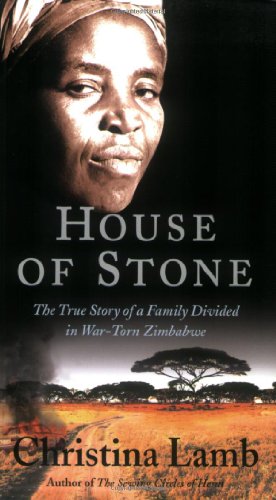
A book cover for House of Stone: The True Story of a Family Divided in War-Torn Zimbabwe; Christina Lamb; History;